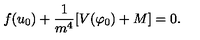
f ( u _ { 0 } ) + \frac { 1 } { m ^ { 4 } } [ V ( \varphi _ { 0 } ) + M ] = 0 .